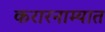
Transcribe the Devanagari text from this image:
करारनाम्यात